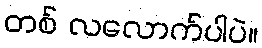
တစ် လလောက်ပါပဲ။